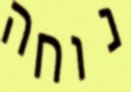
נוחה